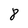
Character: 8